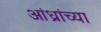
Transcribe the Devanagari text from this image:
आंध्रांच्या